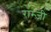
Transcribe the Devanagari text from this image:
राम्ज़ी